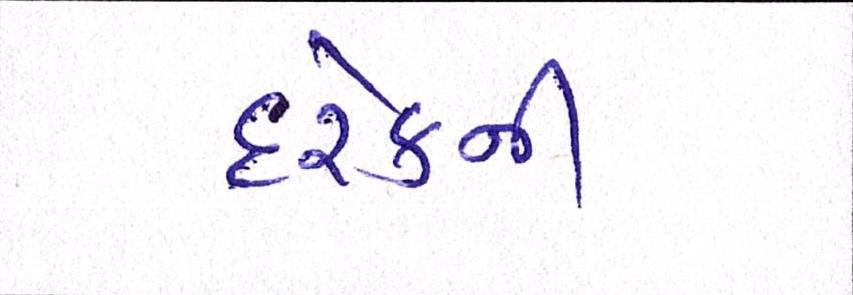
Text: દરેકની